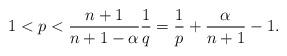
LaTeX: \begin{align*}1<p< \frac {n+1}{n+1-\alpha} \frac{1}{q} = \frac{1}{p} + \frac{\alpha}{n+1} - 1.\end{align*}